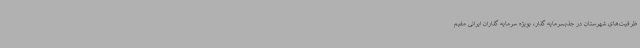
ظرفیت‌های شهرستان در جذبسرمایه گذار، بویژه سرمایه گذاران ایرانی مقیم